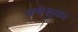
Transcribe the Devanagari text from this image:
क्वेशुका